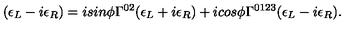
( \epsilon _ { L } - i \epsilon _ { R } ) = i s i n \phi \Gamma ^ { 0 2 } ( \epsilon _ { L } + i \epsilon _ { R } ) + i c o s \phi \Gamma ^ { 0 1 2 3 } ( \epsilon _ { L } - i \epsilon _ { R } ) .